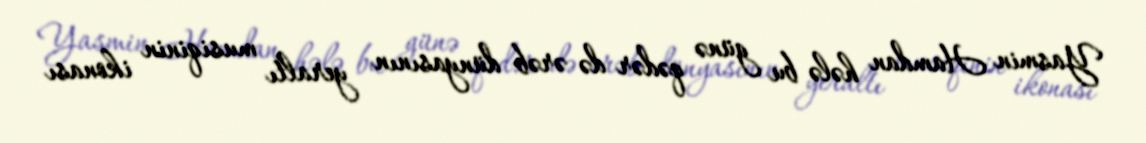
Yasmin Hamdan hələ bu günə qədər də ərəb dünyasının yeraltı musiqinin ikonası